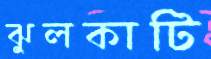
ঝুলকাটি